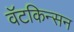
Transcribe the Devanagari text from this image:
वॅटकिन्सन